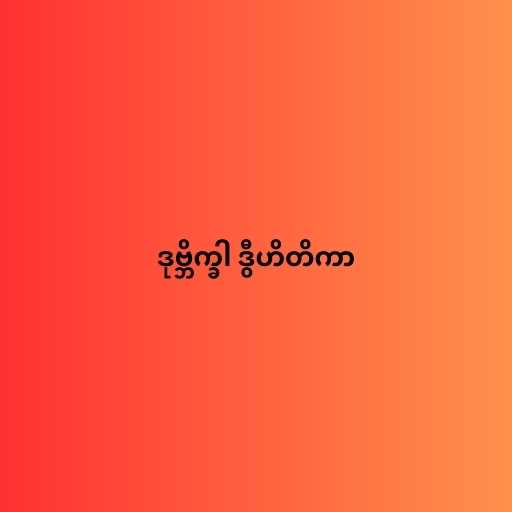
ဒုဗ္ဘိက္ခါ ဒွီဟိတိကာ